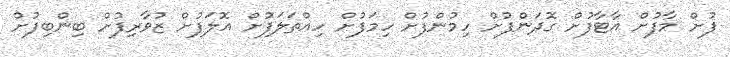
ފުށް މާފުށް އާޓާފުށް ގޮދަންފުށް ހިމުންފުށް ހިމަފުށް ހިއްތަލަފުށް އޮލަފުށް ޒުވާރިފުށް ބިންބިފުށް